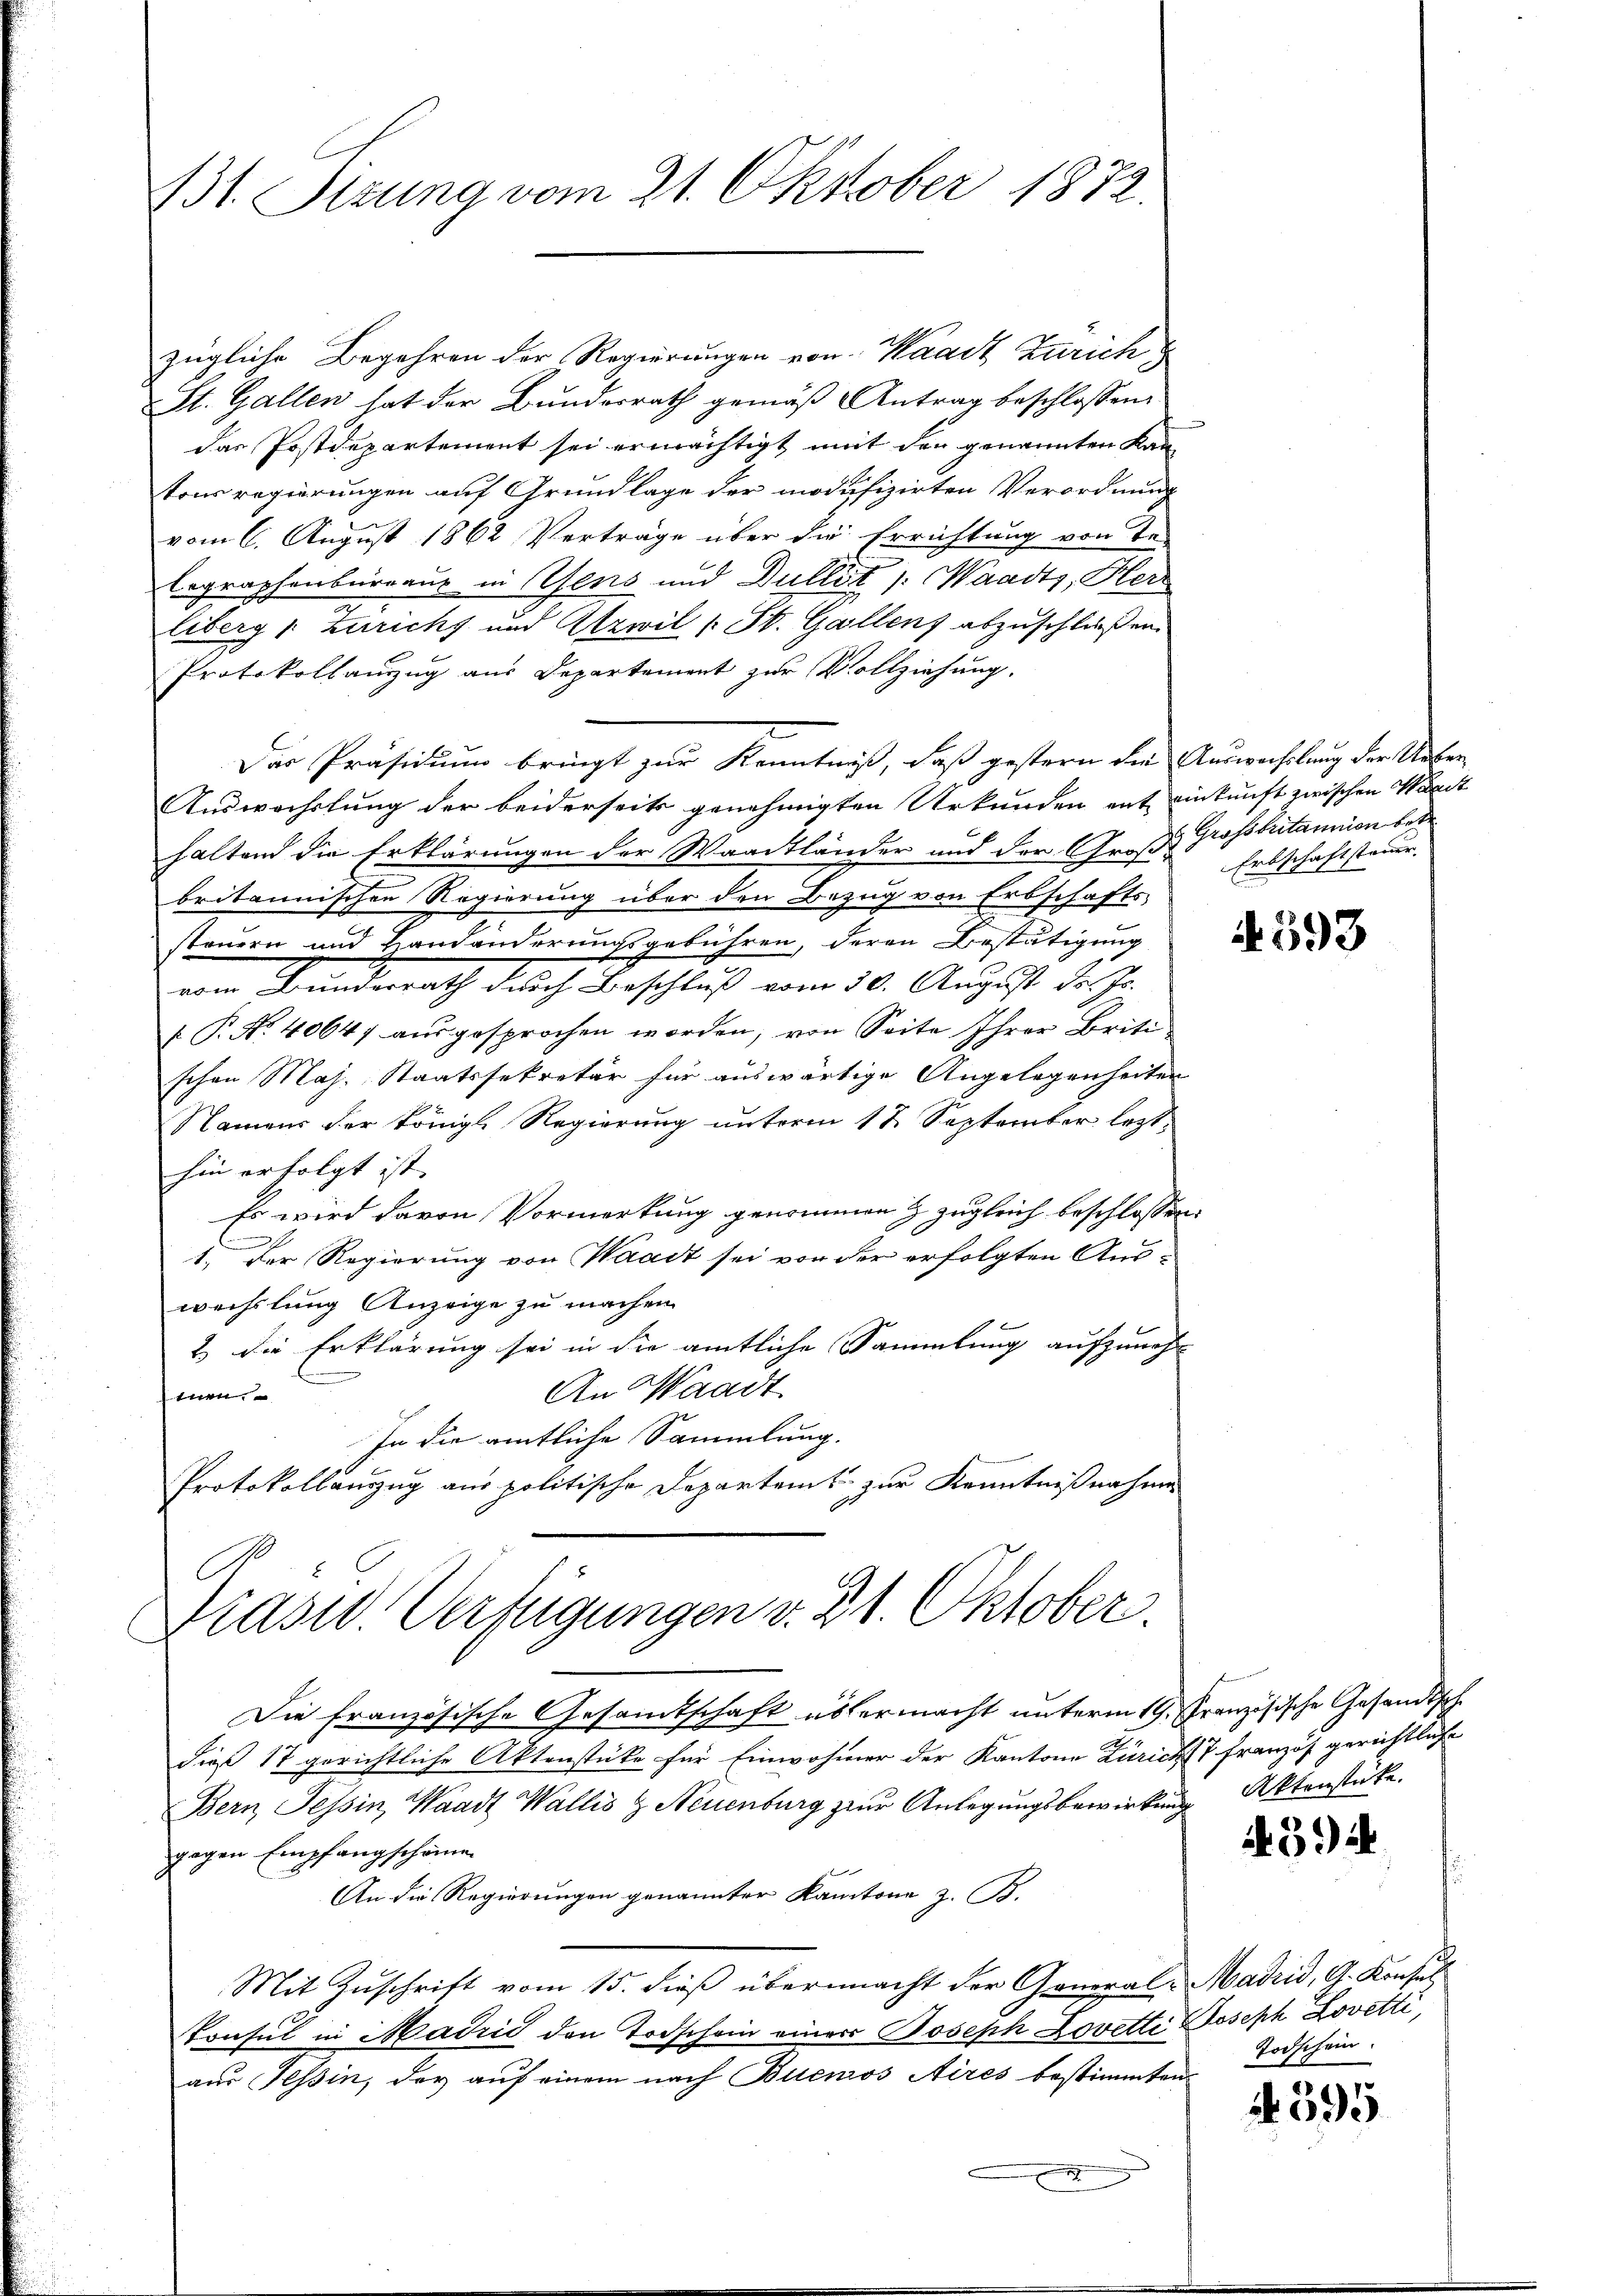
zügliche Begehren der Regierungen von Waadt Zürich
St. Gallen hat der Bundesrath gemäß Antrag beschlossen:
das Postdepartement sei ermächtigt mit den genannten Kantonsregierungen auf Grundlage der modifizirten Verordnung
vom 6. August 1862 Verträge über die Errichtung von Be¬
Legraphenburgaus in Pfens und Dullit /: Waadt, Herr
liberg 1. Zuricht und Atzwil (: St. Gallenz abzuschließen
Protokollanzug aus Departement zur Vollziehung.
Das Präsidium bringt zur Kenntniß, daß gestern die Auswechslung der Ueber-
Auswechslung der beiderseits genehmigten Urkunden ent einkunft zwischen Wart
haltend die Erklärungen der Waadtländer und der Große Grossbritannien bede
britannischen Regierung über den Bezug von Erbschafts
steuern und Handänderungsgebühren, deren Bestätigung
vom Bundesrath durch Beschluß vom 30. August des Jo
( P. Nr. 4064) ausgesprochen worden, von Seite Ihrer Briti
schon Maj. Staatssekretär für auswärtige Angelegenheiten
Namens der Königl. Regierung unterm 12. September lezthin erfolgt ist.
Es wird davon Vormerkung genommen & zugleich beschlossen:
J
1. Der Regierung von Waadt sei vor der erfolgten Auswechslung Anzeige zu machen.
2 die Erklärung sei in die amtliche Sammlung aufzunehm
An Waadt
t
In die amtliche Sammlung.
Protokollauszug aus politische Departeit zur Kenntnißnahme

B31. Sizung vom 21. Oktober 1872.

Präsid. Verfügungen v. 31. Oktober

Die französische Gesandtschaft übermacht unterm 19. Französische Gesandtsch
dieß 17 gerichtliche Aktenstüke für Einwohner der Kantone Züricht Französ gerichtliche
Bern Tessin, Waadt Wallis Z Neuenburg zur Anlegungsbewirkung
gegen Empfangscheine
An die Regierungen genannter Kantone z. B.
Mit Zuschrift vom 15. dieß übermacht der General-Madrid, G. Konsul
Tonsul in Madrić den Todschein einer Joseph Lorette Joseph Lovetti,
aus Tessin, der auf einem nach Buenos Aires bestimmten
x

Erbschaft steuer.

A. 393

Aktenstate.

394

Todschein.

595